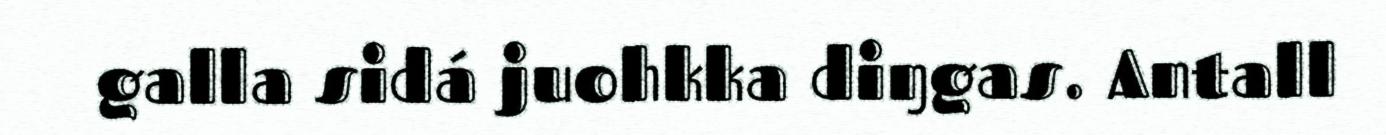
galla sidá juohkka diŋgas. Antall